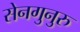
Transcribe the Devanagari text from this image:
सेनगुनुरु